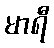
မာရီ